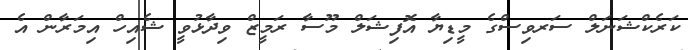
ކަރެކްޝަނަލް ސަރވިސްގެ މީޑިޔާ އޮފިޝަލް މޫސާ ރަމީޒް ވިދާޅުވީ ޝެއިހް އިމަރާން އެ